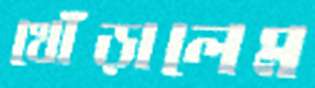
খোঁড়ালেম